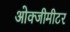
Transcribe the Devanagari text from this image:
ओक्जीमीटर